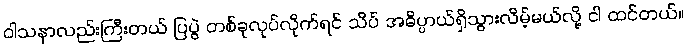
ဝါသနာလည်းကြီးတယ် ပြပွဲ တစ်ခုလုပ်လိုက်ရင် သိပ် အဓိပ္ပာယ်ရှိသွားလိမ့်မယ်လို့ ငါ ထင်တယ်။